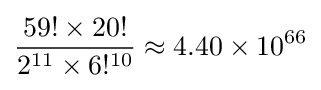
{\frac {59!\times 20!}{2^{11}\times 6!^{10}}}\approx 4.40\times 10^{66}